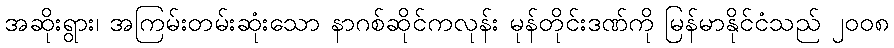
အဆိုးရွား၊ အကြမ်းတမ်းဆုံးသော နာဂစ်ဆိုင်ကလုန်း မုန်တိုင်းဒဏ်ကို မြန်မာနိုင်ငံသည် ၂၀၀၈